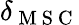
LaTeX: \delta_{\mathrm{~M~S~C~}}